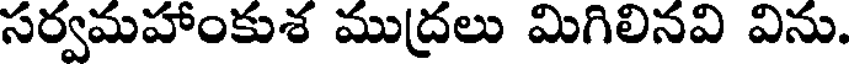
సర్వమహాంకుశ ముద్రలు మిగిలినవి విను.